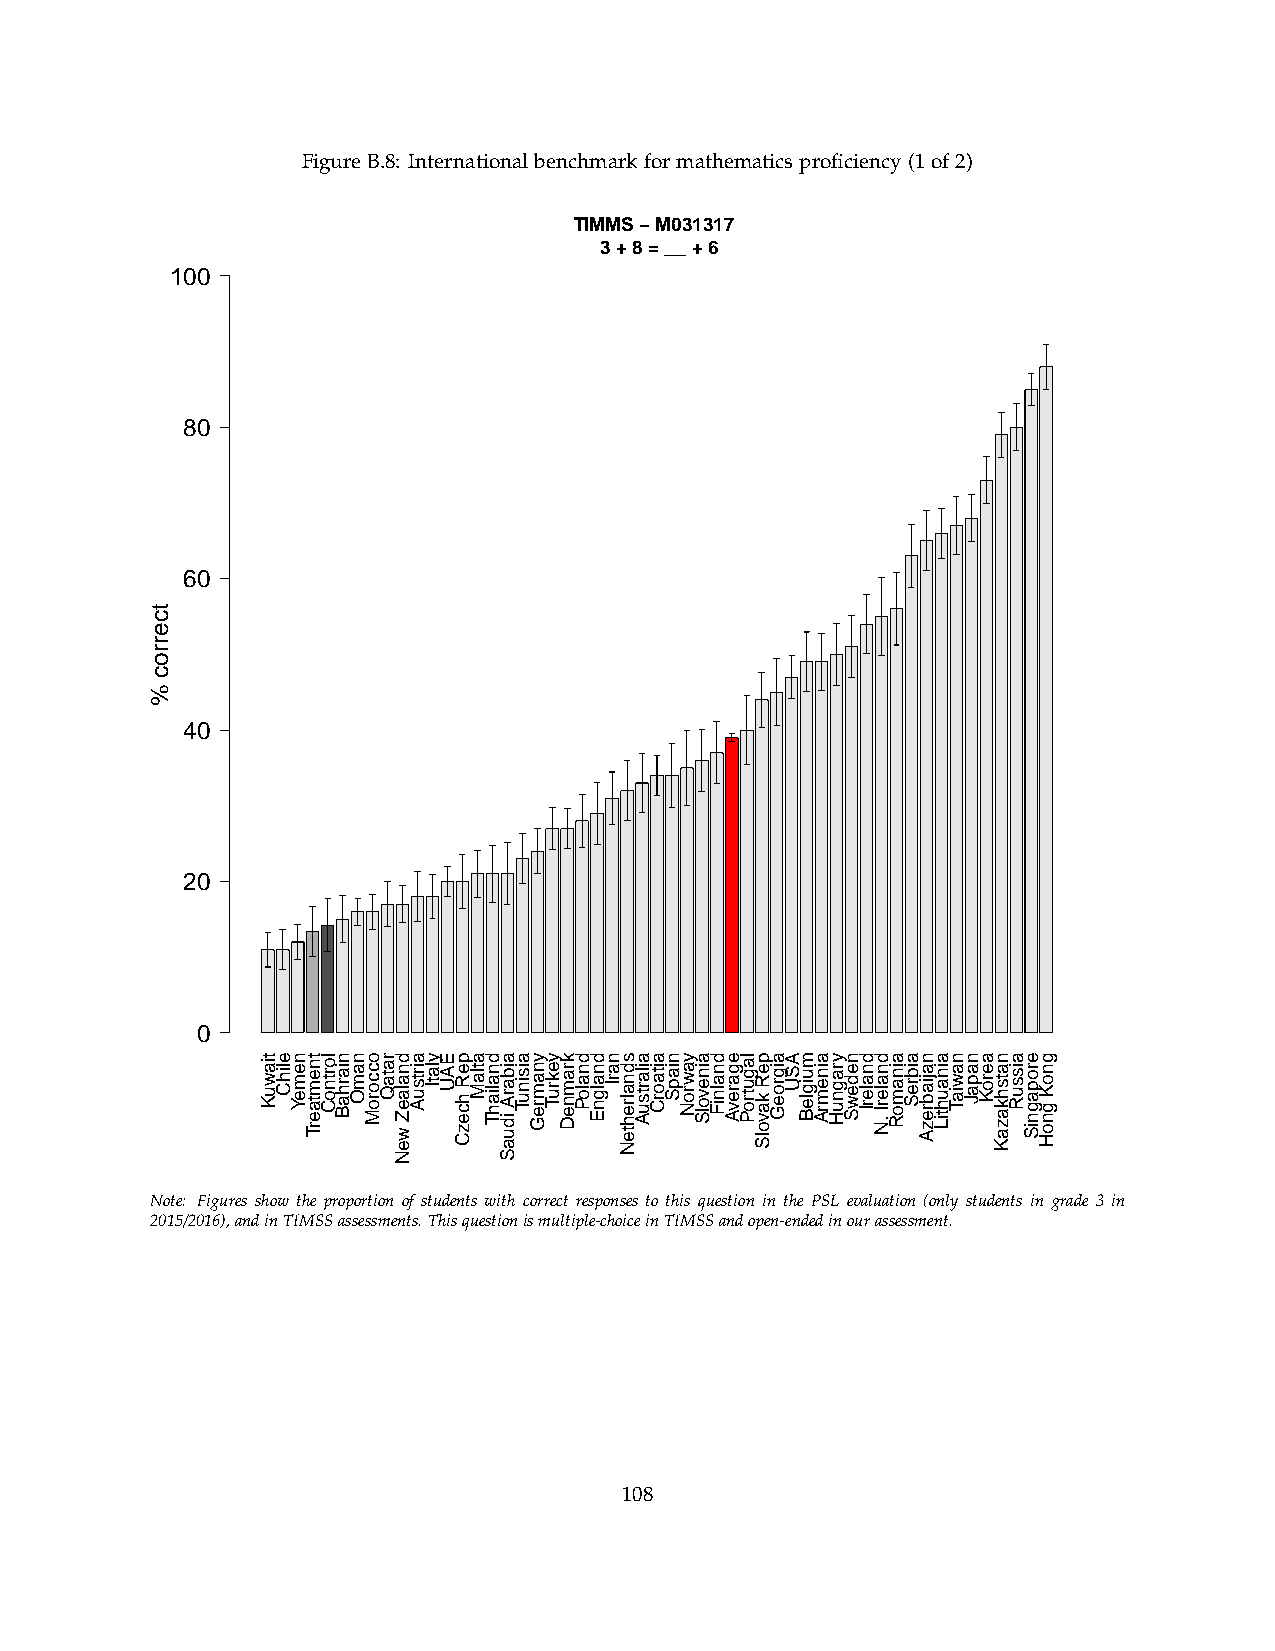
FigureB.8: Internationalbenchmarkformathematicsproficiency(1of2)
 TIMMS − M031317
 3 + 8 = __ + 6
 100
 80
 60
 40
 20
 0
 Note: Figures show the proportion of students with correct responses to this question in the PSL evaluation (only students in grade 3 in
 2015/2016),andinTIMSSassessments.Thisquestionismultiple-choiceinTIMSSandopen-endedinourassessment.
 108
 tcerroc
 %
 tiawuK elihC nemeY tnemtaerT lortnoC niarhaB namO occoroM rataQ dnalaeZ
 weN
 airtsuA ylatI EAU peR
 hcezC
 atlaM dnaliahT aibarA
 iduaS
 aisinuT ynamreG yekruT kramneD dnaloP dnalgnE narI sdnalrehteN ailartsuA aitaorC niapS yawroN ainevolS dnalniF egarevA lagutroP peR
 kavolS
 aigroeG ASU muigleB ainemrA yragnuH nedewS dnalerI dnalerI
 .N
 ainamoR aibreS najiabrezA ainauhtiL nawiaT napaJ aeroK natshkazaK aissuR eropagniS gnoK
 gnoH